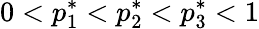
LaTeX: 0<p_{1}^{*}<p_{2}^{*}<p_{3}^{*}<1